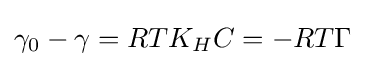
\gamma _{0}-\gamma =RTK_{H}C=-RT\Gamma